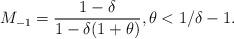
LaTeX: \begin{align*} M_{-1}=\frac{1-\delta}{1-\delta(1+\theta)} ,\theta<1/\delta-1.\end{align*}